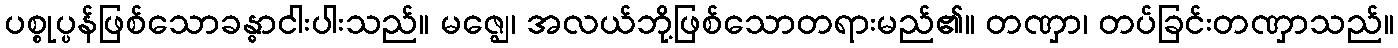
ပစ္စုပ္ပန်ဖြစ်သောခန္ဓာငါးပါးသည်။ မဇ္ဈေ၊ အလယ်ဘို့ဖြစ်သောတရားမည်၏။ တဏှာ၊ တပ်ခြင်းတဏှာသည်။